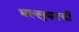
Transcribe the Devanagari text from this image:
भल्लुकाची